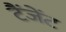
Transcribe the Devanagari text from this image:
टैंजेंट